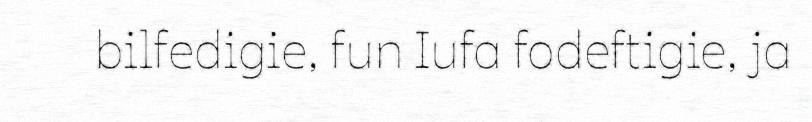
bilfedigie, fun Iufa fodeftigie, ja